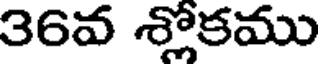
36వ శ్లోకము